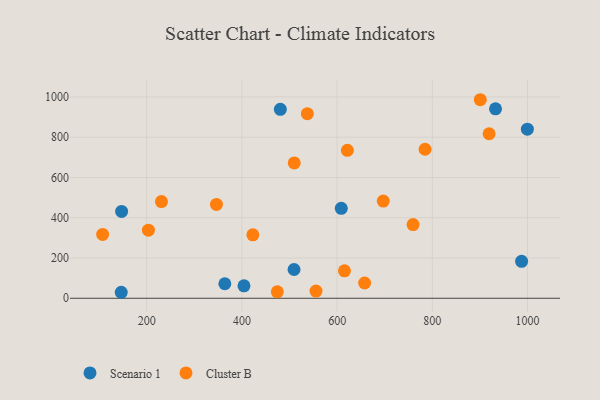
{"axis": {"x": "Speed", "y": "Fuel Efficiency"}, "legend": ["Cluster B", "Scenario 1"], "data": [{"x": "404.3", "y": 61.9, "type": "Scenario 1"}, {"x": "146.5", "y": 29.8, "type": "Scenario 1"}, {"x": "987.5", "y": 183.6, "type": "Scenario 1"}, {"x": "608.7", "y": 446.7, "type": "Scenario 1"}, {"x": "999.6", "y": 839.7, "type": "Scenario 1"}, {"x": "364.1", "y": 72.1, "type": "Scenario 1"}, {"x": "932.7", "y": 941.2, "type": "Scenario 1"}, {"x": "480.7", "y": 938.3, "type": "Scenario 1"}, {"x": "147.3", "y": 431.3, "type": "Scenario 1"}, {"x": "509.5", "y": 142.9, "type": "Scenario 1"}, {"x": "474.3", "y": 31.9, "type": "Cluster B"}, {"x": "231.0", "y": 480.5, "type": "Cluster B"}, {"x": "509.9", "y": 672.3, "type": "Cluster B"}, {"x": "784.7", "y": 740.1, "type": "Cluster B"}, {"x": "621.5", "y": 734.7, "type": "Cluster B"}, {"x": "203.6", "y": 338.5, "type": "Cluster B"}, {"x": "919.2", "y": 817.3, "type": "Cluster B"}, {"x": "696.9", "y": 482.6, "type": "Cluster B"}, {"x": "555.6", "y": 35.8, "type": "Cluster B"}, {"x": "759.5", "y": 366.0, "type": "Cluster B"}, {"x": "537.4", "y": 916.8, "type": "Cluster B"}, {"x": "107.4", "y": 316.9, "type": "Cluster B"}, {"x": "615.4", "y": 136.4, "type": "Cluster B"}, {"x": "422.9", "y": 315.1, "type": "Cluster B"}, {"x": "657.7", "y": 75.9, "type": "Cluster B"}, {"x": "900.7", "y": 986.2, "type": "Cluster B"}, {"x": "346.5", "y": 466.4, "type": "Cluster B"}]}